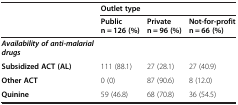
| <ROWSPAN=2>  | <COLSPAN=3> Outlet type |
 | Public n = 126 (%) | Private n = 96 (%) | Not-for-profit n = 66 (%) |
 | --- | --- | --- | --- |
 | Availability of anti-malarial drugs |  |  |  |
 | Subsidized ACT (AL) | 111 (88.1) | 27 (28.1) | 27 (40.9) |
 | Other ACT | 0 (0) | 87 (90.6) | 8 (12.0) |
 | Quinine | 59 (46.8) | 68 (70.8) | 36 (54.5) |